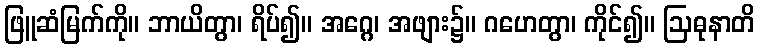
ဖြူဆံမြက်ကို။ ဘာယိတွာ၊ ရိပ်၍။ အဂ္ဂေ၊ အဖျား၌။ ဂဟေတွာ၊ ကိုင်၍။ ဩဓုနာတိ